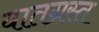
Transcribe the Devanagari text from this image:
वातग्रस्त